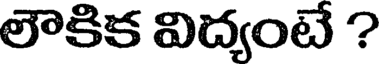
లౌకిక విద్యంటే ?